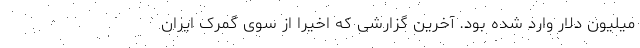
میلیون دلار وارد شده بود. آخرین گزارشی که اخیرا از سوی گمرک ایران